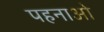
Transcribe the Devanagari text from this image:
पहनाओ